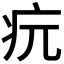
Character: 𤴰